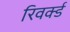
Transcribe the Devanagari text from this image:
रिवर्क्ड